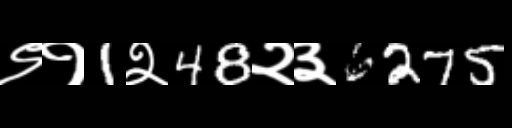
Text: ९१1२48२३6275